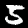
Digit: 5